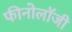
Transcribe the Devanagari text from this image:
फीनोलॉजी